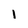
Character: I